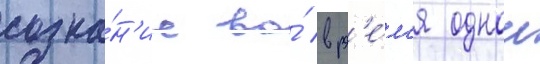
созна́н'ие во́ вр'е́м'я однои